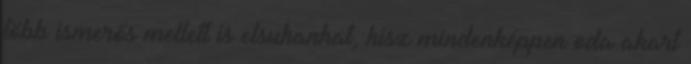
több ismerős mellett is elsuhanhat, hisz mindenképpen oda akart